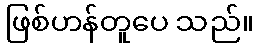
ဖြစ်ဟန်တူပေ သည်။